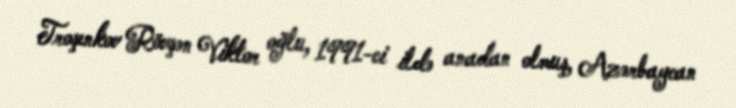
Troşenkov Rövşən Viktor oğlu, 1991-ci ildə anadan olmuş, Azərbaycan